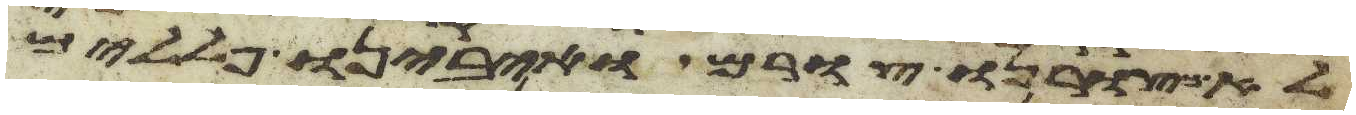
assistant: לא כצורנו צורם ואיבינו פללים